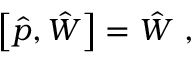
\left[ \hat { p } , \hat { W } \right] = \hat { W } \ ,